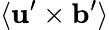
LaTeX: \langle{{\mathbf{u}}^{\prime}\times{\mathbf{b}}^{\prime}}\rangle